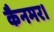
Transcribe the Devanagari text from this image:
कैनमर।